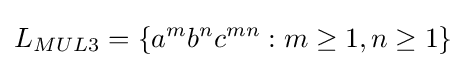
L_{MUL3}=\{a^{m}b^{n}c^{mn}:m\geq 1,n\geq 1\}